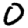
Digit: 0